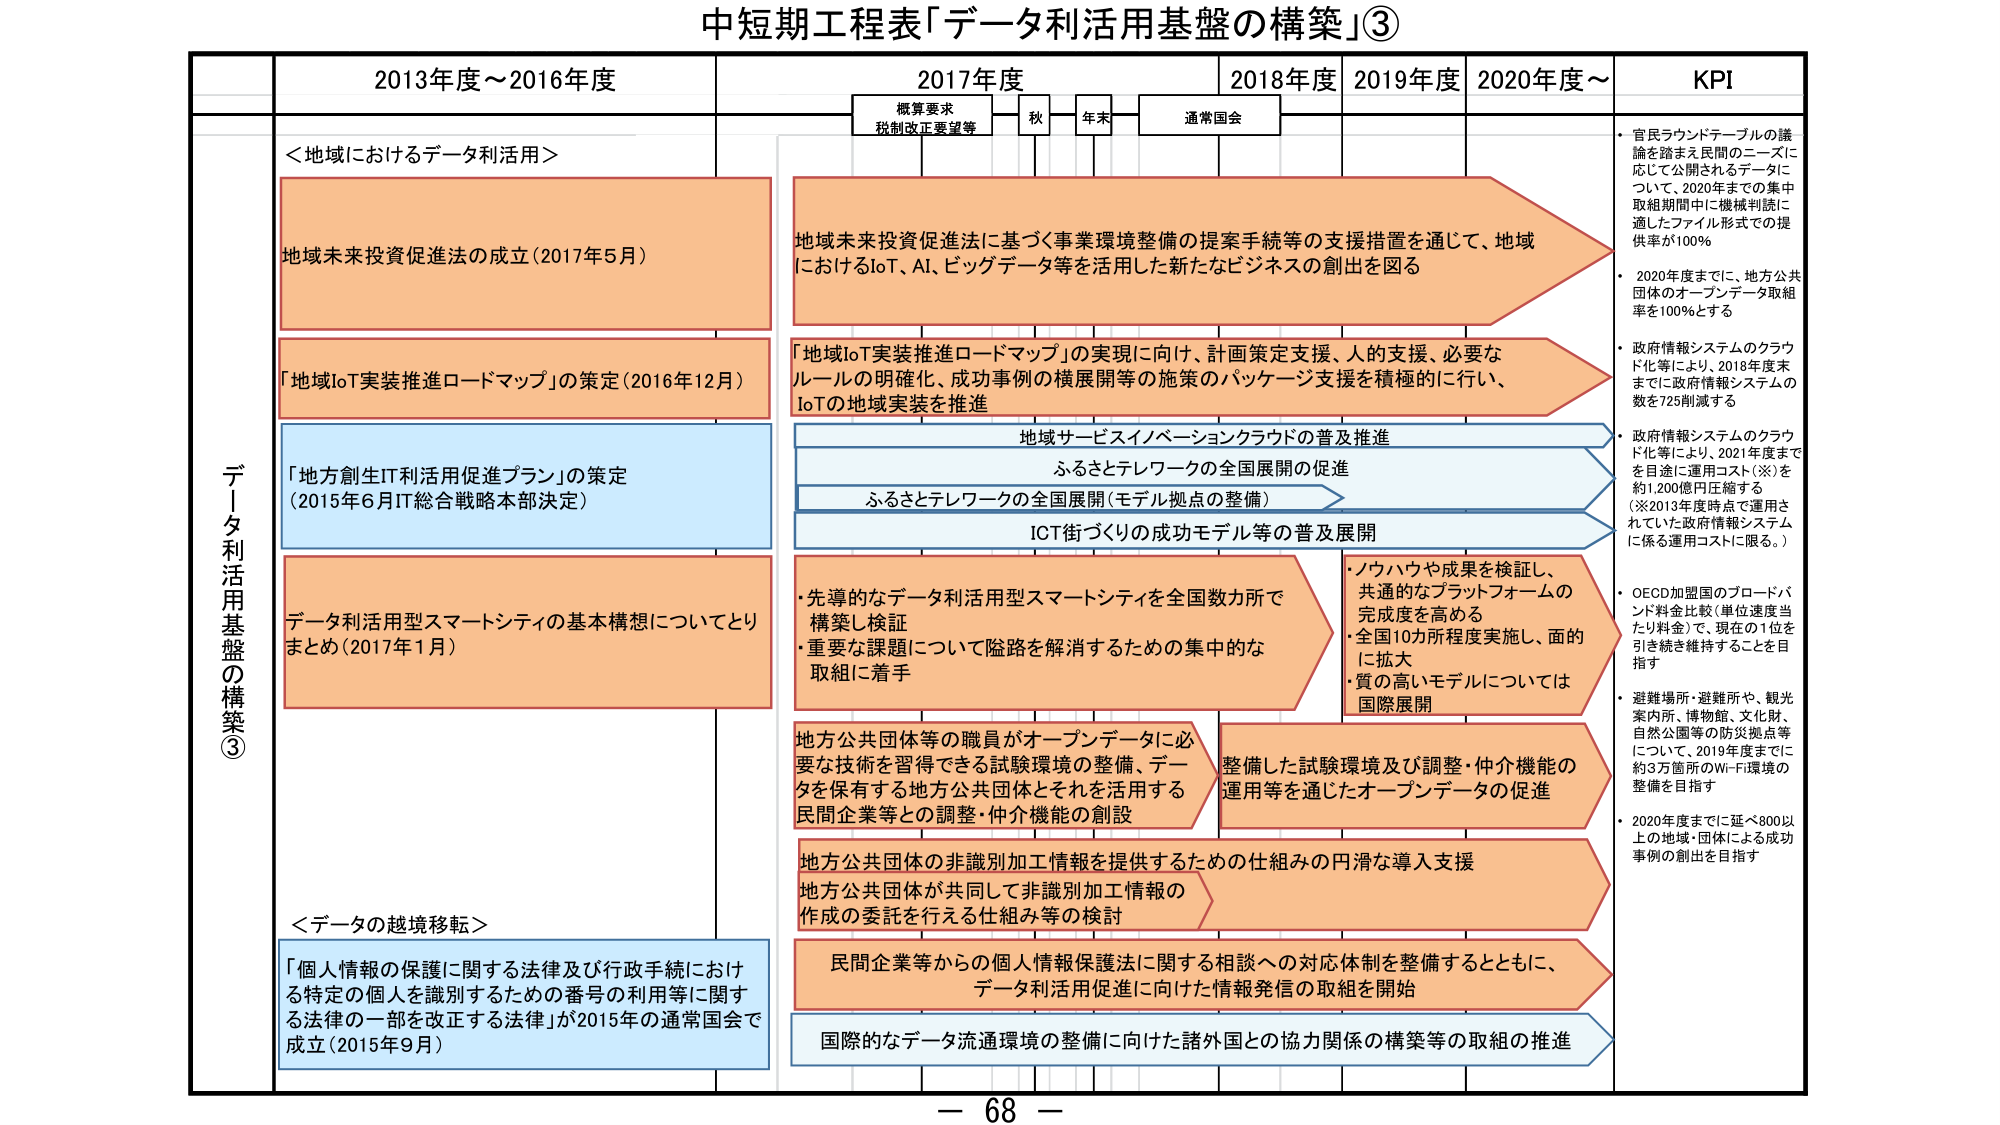
中短期工程表「データ利活用基盤の構築」③

データ利活用基盤の構築③

2013年度～2016年度

＜地域におけるデータ利活用＞
地域未来投資促進法の成立（2017年5月）
「地域IoT実装推進ロードマップ」の策定（2016年12月）
「地方創生IT利活用促進プラン」の策定（2015年6月IT総合戦略本部決定）
データ利活用型スマートシティの基本構想についてとりまとめ（2017年1月）

＜データの越境移転＞
「個人情報の保護に関する法律及び行政手続における特定の個人を識別するための番号の利用等に関する法律の一部を改正する法律」が2015年の通常国会で成立（2015年9月）

2017年度
概算要求
税制改正要望等
秋
年末
通常国会

地域未来投資促進法に基づく事業環境整備の提案手続等の支援措置を通じて、地域におけるIoT、AI、ビッグデータ等を活用した新たなビジネスの創出を図る

「地域IoT実装推進ロードマップ」の実現に向け、計画策定支援、人的支援、必要なルールの明確化、成功事例の横展開等の施策のパッケージ支援を積極的に行い、IoTの地域実装を推進

地域サービスイノベーションクラウドの普及推進
ふるさとテレワークの全国展開の促進
ふるさとテレワークの全国展開（モデル拠点の整備）
ICT街づくりの成功モデル等の普及展開

・先導的なデータ利活用型スマートシティを全国数カ所で構築し検証
・重要な課題について隘路を解消するための集中的な取組に着手

地方公共団体等の職員がオープンデータに必要な技術を習得できる試験環境の整備、データを保有する地方公共団体とそれを活用する民間企業等との調整・仲介機能の創設

地方公共団体の非識別加工情報を提供するための仕組みの円滑な導入支援
地方公共団体が共同して非識別加工情報の作成の委託を行える仕組み等の検討

民間企業等からの個人情報保護法に関する相談への対応体制を整備するとともに、データ利活用促進に向けた情報発信の取組を開始

国際的なデータ流通環境の整備に向けた諸外国との協力関係の構築等の取組の推進

2018年度

2019年度

2020年度～

KPI
・官民ラウンドテーブルの議論を踏まえ民間のニーズに応じて公開されるデータについて、2020年までの集中取組期間中に機械判読に適したファイル形式での提供率が100％
・2020年度までに、地方公共団体のオープンデータ取組率を100％とする
・政府情報システムのクラウド化等により、2018年度末までに政府情報システムの数を725削減する
・政府情報システムのクラウド化等により、2021年度までを目途に運用コスト（※）を約1,200億円圧縮する（※2013年度時点で運用されていた政府情報システムに係る運用コストに限る。）
・OECD加盟国のブロードバンド料金比較（単位速度当たり料金）で、現在の1位を引き続き維持することを目指す
・避難場所・避難所や、観光案内所、博物館、文化財、自然公園等の防災拠点等について、2019年度までに約3万箇所のWi-Fi環境の整備を目指す
・2020年度までに延べ800以上の地域・団体による成功事例の創出を目指す

・ノウハウや成果を検証し、共通的なプラットフォームの完成度を高める
・全国10カ所程度実施し、面的に拡大
・質の高いモデルについては国際展開

整備した試験環境及び調整・仲介機能の運用等を通じたオープンデータの促進

－ 68 －